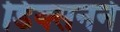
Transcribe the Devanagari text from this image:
डिक्सनने